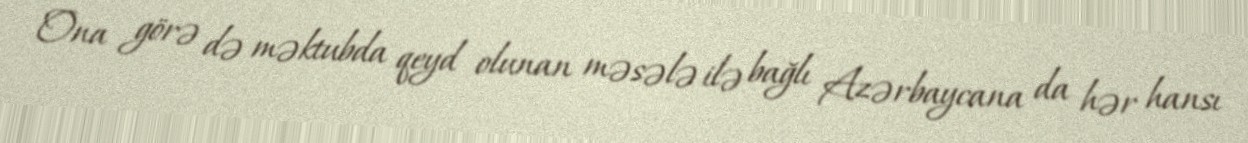
Ona görə də məktubda qeyd olunan məsələ ilə bağlı Azərbaycana da hər hansı